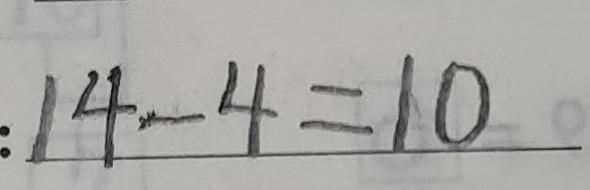
: 1 4 - 4 = 1 0